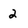
Character: 2